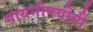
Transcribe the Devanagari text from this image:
गायनोपयोगी